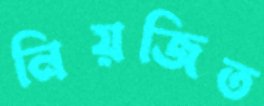
নিয়জিত